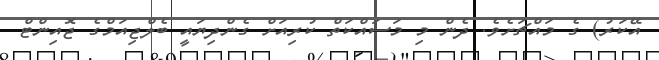
އޭކަރު) ގެ މައްޗަށެވެ. ދެން މި މަސައްކަތް ކުރިއަށް ގެންދިޔައީ ބެލްޖިއަމްގެ ޖޮއިންޓް